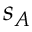
s _ { A }